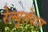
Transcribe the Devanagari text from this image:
रेल्युलेशन